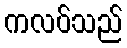
ကလပ်သည်